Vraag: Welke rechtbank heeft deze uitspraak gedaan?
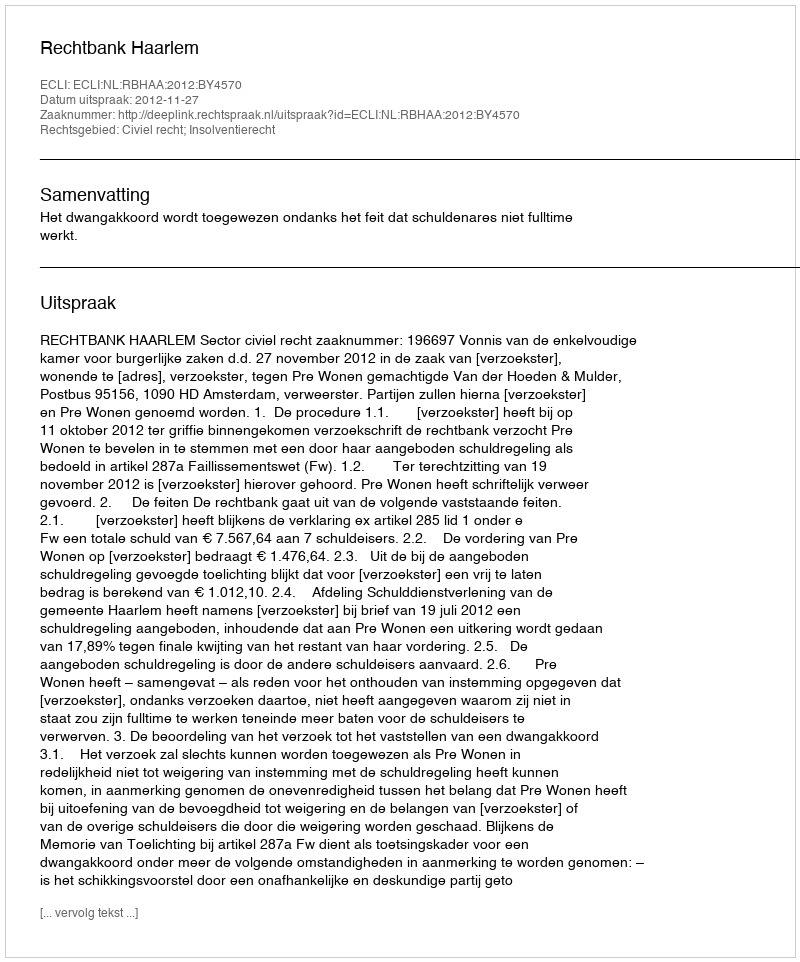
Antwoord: Rechtbank Haarlem